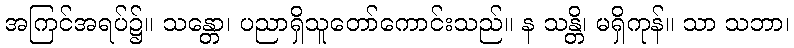
အကြင်အရပ်၌။ သန္တော၊ ပညာရှိသူတော်ကောင်းသည်။ န သန္တိ၊ မရှိကုန်။ သာ သဘာ၊